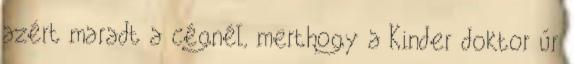
azért maradt a cégnél, merthogy a Kinder doktor úr